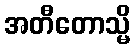
အတီတောသ္မိ